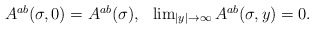
\begin{align*}\begin{array}{lr} A^{ab}(\sigma ,0)=A^{ab}(\sigma ), & \lim_{|y|\rightarrow\infty }A^{ab}(\sigma ,y)=0. \end{array} \end{align*}